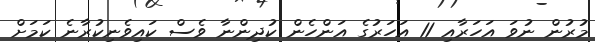
މުރުން ނުވަ އަހަރާއި 11 އަހަރުގެ އަންހެން ކުދިންނާ ވެސް ކައިވެނިކުރާނެ ކަމަށް